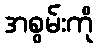
အစွမ်းကို